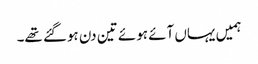
ہمیں یہاں آئے ہوئے تین دن ہوگئے تھے۔